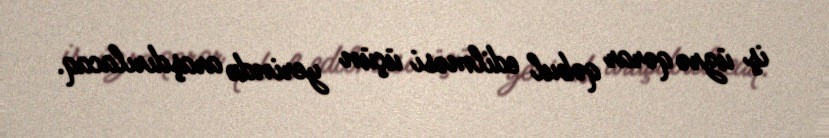
iş üzrə qərar qəbul edilməsi üçün yerində araşdırılacaq.